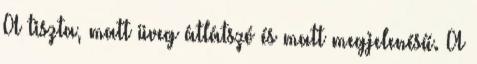
A tiszta, matt üveg átlátszó és matt megjelenésű. A